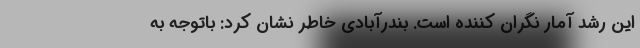
این رشد آمار نگران کننده است. بندرآبادی خاطر نشان کرد: باتوجه به